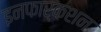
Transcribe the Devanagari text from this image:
इनफार्कशन